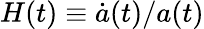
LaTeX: H(t)\equiv{\dot{a}}(t)/a(t)